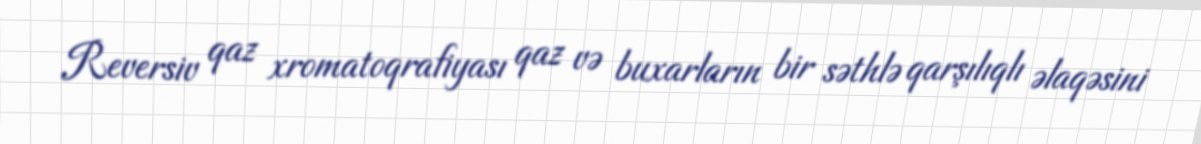
Reversiv qaz xromatoqrafiyası qaz və buxarların bir səthlə qarşılıqlı əlaqəsini